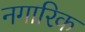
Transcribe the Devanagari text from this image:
नगारिक